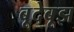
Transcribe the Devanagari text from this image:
बूदेबूझ